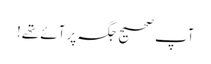
آپ صحیح جگہ پر آئے تھے!